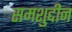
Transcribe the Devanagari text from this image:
समशुद्दीन